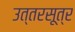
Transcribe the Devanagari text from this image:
उत्तरसूत्र